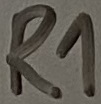
Text: R1